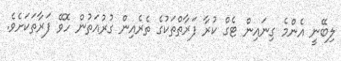
ލިބޭނީ އެންމެ ގިނައިން ޓެގް ކުރާ ފަރާތްތަކުގެ ތެރެއިން ގުރުއަތުން ހޮވޭ ފަރާތަކަށެވެ.